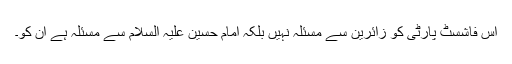
اس فاشسٹ پارٹی کو زائرین سے مسئلہ نہیں بلکہ امام حسین علیہ السلام سے مسئلہ ہے ان کو۔